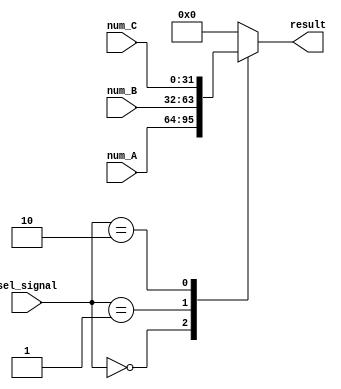
module Three_way_selector(num_A,num_B,num_C,sel_signal,result);
  input [31:0]num_A;
  input [31:0]num_B;
  input [31:0]num_C;
  input [1:0]sel_signal;
  
  output reg [31:0]result;
  
  always@(*)
  case(sel_signal)
    2'b00:result=num_A;
    2'b01:result=num_B;
    2'b10:result=num_C;
	 default:result=32'b0;
  endcase
endmodule

/*

module Three_way_special(num_A,num_B,num_C,num_D,forwardSign,PcSrcSgn,result);
	input [31:0]num_A;
	input [31:0]num_B;
	input [31:0]num_C;
	input [31:0]num_D;
	input [1:0]forwardSign;
	input PcSrcSgn;
	
	output reg [31:0]result;
	
	always@(*)
	case(PcSrcSgn)
		1'b1:result=num_D;
		default:
		begin
			case(forwardSign)
				2'b10:result=num_C;
				2'b01:result=num_B;
				default:result=num_A;
			endcase
		end
	endcase
endmodule*/